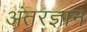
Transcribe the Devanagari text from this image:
अंतरज्ञान